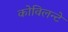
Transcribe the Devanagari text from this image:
कोविलन्टे